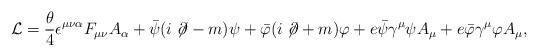
LaTeX: \begin{align*}{\cal L} = \frac{\theta}{4}\epsilon^{\mu\nu\alpha}F_{\mu\nu}A_{\alpha}+\bar{\psi}(i \not \! \partial-m) \psi+\bar{\varphi}(i \not \! \partial+m)\varphi +e \bar \psi\gamma^\mu \psi A_\mu+e \bar \varphi\gamma^\mu \varphi A_\mu,\end{align*}